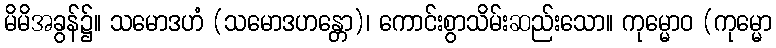
မိမိအခွန်၌။ သမောဒဟံ (သမောဒဟန္တော)၊ ကောင်းစွာသိမ်းဆည်းသော။ ကုမ္မောဝ (ကုမ္မော